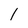
Character: 1